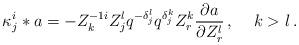
LaTeX: \begin{align*}{\kappa}^i_j \ast a = - Z^{-1i}_k Z^l_j q^{-{\delta}^l_j}q^{{\delta}^k_j}Z^k_r {\partial a \over\partial{Z^l_r}}\,,\quad\,k>l\,.\end{align*}